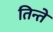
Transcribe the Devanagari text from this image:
तिन्ते